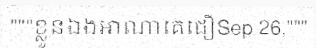
"""ខ្លួនឯងអាណាគេជឿSep 26,"""